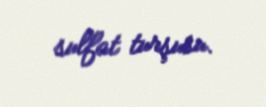
sulfat turşusu.